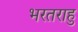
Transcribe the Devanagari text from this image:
भरतराहु